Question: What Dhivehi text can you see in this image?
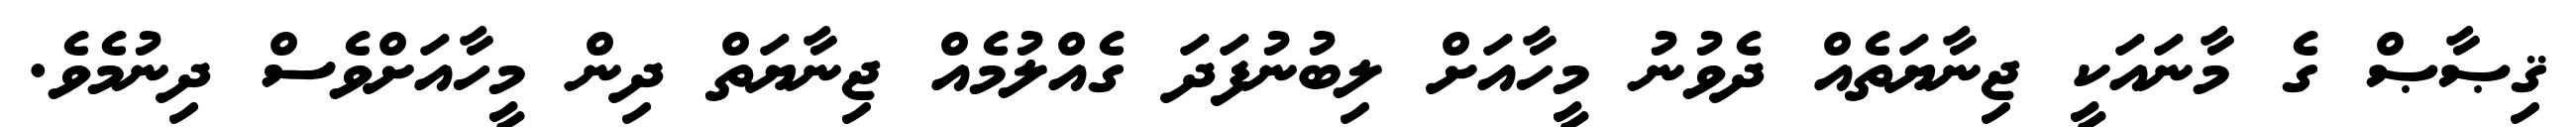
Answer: ޤިޞާޞް ގެ މާނައަކީ ޖިނާޔަތެއް ދެވުނު މީހާއަށް ލިބުނުފަދަ ގެއްލުމެއް ޖިނާޔަތް ދިން މީހާއަށްވެސް ދިނުމެވެ.